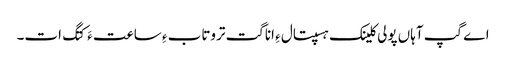
اے گپ آہاں پولی کلینک ہسپتال ءِ اناگت تروتاب ءِ ساعت ءَ کتگ ات۔